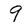
Character: 9